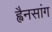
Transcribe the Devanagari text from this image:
ह्वैनसांग